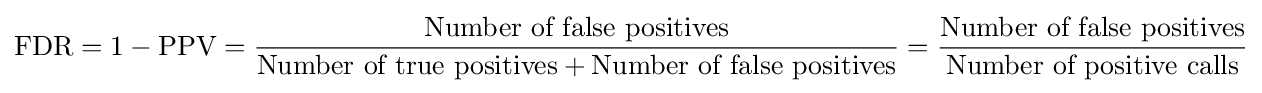
{\text{FDR}}=1-{\text{PPV}}={\frac {\text{Number of false positives}}{{\text{Number of true positives}}+{\text{Number of false positives}}}}={\frac {\text{Number of false positives}}{\text{Number of positive calls}}}